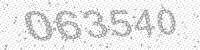
Solution: 063540